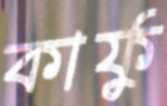
কার্ফু